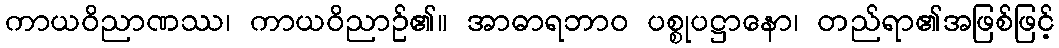
ကာယဝိညာဏဿ၊ ကာယဝိညာဉ်၏။ အာဓာရဘာဝ ပစ္စုပဋ္ဌာနော၊ တည်ရာ၏အဖြစ်ဖြင့်